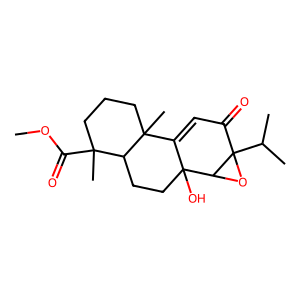
SMILES: COC(=O)C1(C)CCCC2(C)C3=CC(=O)C4(C(C)C)OC4C3(O)CCC12
Inhibits HIV replication: No